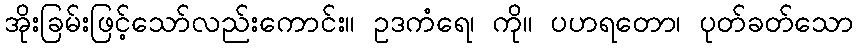
အိုးခြမ်းဖြင့်သော်လည်းကောင်း။ ဥဒကံရေ၊ ကို။ ပဟရတော၊ ပုတ်ခတ်သော